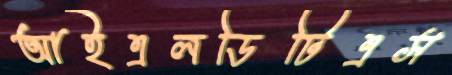
আইএলডিটিএস